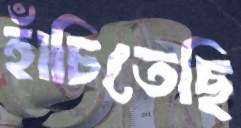
হাঁচিতেছি